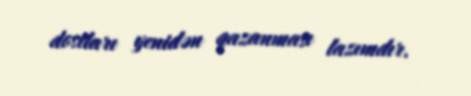
dostları yenidən qazanması lazımdır.